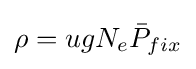
\rho =ugN_{e}{\bar {P}}_{fix}